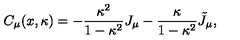
C _ { \mu } ( x , \kappa ) = - \frac { \kappa ^ { 2 } } { 1 - \kappa ^ { 2 } } J _ { \mu } - \frac \kappa { 1 - \kappa ^ { 2 } } \tilde { J } _ { \mu } ,